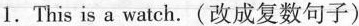
1.This is a watch.(改成复数句子)